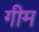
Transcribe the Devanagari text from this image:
गीम